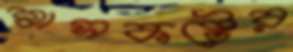
শ্বাসকষ্টের